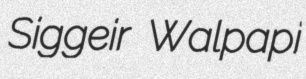
Siggeir Walpapi